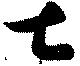
土